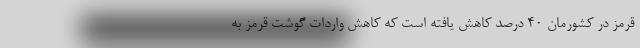
قرمز در کشورمان 40 درصد کاهش یافته است که کاهش واردات گوشت قرمز به